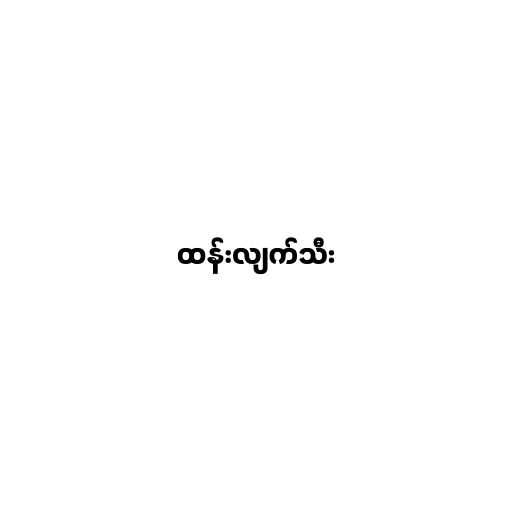
ထန်းလျက်သီး